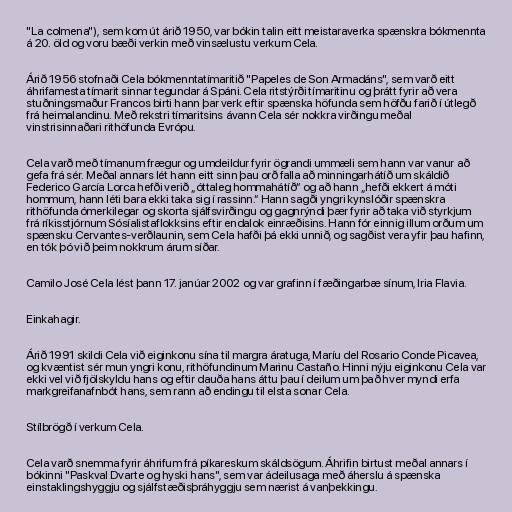
"La colmena"), sem kom út árið 1950, var bókin talin eitt meistaraverka spænskra bókmennta
á 20. öld og voru bæði verkin með vinsælustu verkum Cela.

Árið 1956 stofnaði Cela bókmenntatímaritið "Papeles de Son Armadáns", sem varð eitt
áhrifamesta tímarit sinnar tegundar á Spáni. Cela ritstýrði tímaritinu og þrátt fyrir að vera
stuðningsmaður Francos birti hann þar verk eftir spænska höfunda sem höfðu farið í útlegð
frá heimalandinu. Með rekstri tímaritsins ávann Cela sér nokkra virðingu meðal
vinstrisinnaðari rithöfunda Evrópu.

Cela varð með tímanum frægur og umdeildur fyrir ögrandi ummæli sem hann var vanur að
gefa frá sér. Meðal annars lét hann eitt sinn þau orð falla að minningarhátíð um skáldið
Federico García Lorca hefði verið „óttaleg hommahátíð“ og að hann „hefði ekkert á móti
hommum, hann léti bara ekki taka sig í rassinn.“ Hann sagði yngri kynslóðir spænskra
rithöfunda ómerkilegar og skorta sjálfsvirðingu og gagnrýndi þær fyrir að taka við styrkjum
frá ríkisstjórnum Sósíalistaflokksins eftir endalok einræðisins. Hann fór einnig illum orðum um
spænsku Cervantes-verðlaunin, sem Cela hafði þá ekki unnið, og sagðist vera yfir þau hafinn,
en tók þó við þeim nokkrum árum síðar.

Camilo José Cela lést þann 17. janúar 2002 og var grafinn í fæðingarbæ sínum, Iria Flavia.

Einkahagir.

Árið 1991 skildi Cela við eiginkonu sína til margra áratuga, Maríu del Rosario Conde Picavea,
og kvæntist sér mun yngri konu, rithöfundinum Marinu Castaño. Hinni nýju eiginkonu Cela var
ekki vel við fjölskyldu hans og eftir dauða hans áttu þau í deilum um það hver myndi erfa
markgreifanafnbót hans, sem rann að endingu til elsta sonar Cela.

Stílbrögð í verkum Cela.

Cela varð snemma fyrir áhrifum frá píkareskum skáldsögum. Áhrifin birtust meðal annars í
bókinni "Paskval Dvarte og hyski hans", sem var ádeilusaga með áherslu á spænska
einstaklingshyggju og sjálfstæðisþráhyggju sem nærist á vanþekkingu.